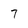
Character: 7